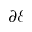
\partial \mathcal { E }